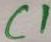
Text: C1